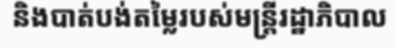
និងបាត់បង់តម្លៃរបស់មន្ត្រីរដ្ឋាភិបាល